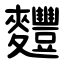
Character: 麷